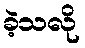
ခဲ့သလို